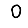
Digit: 0